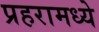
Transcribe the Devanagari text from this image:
प्रहरामध्ये